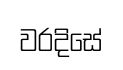
වරදිසේ